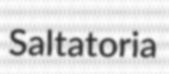
Saltatoria